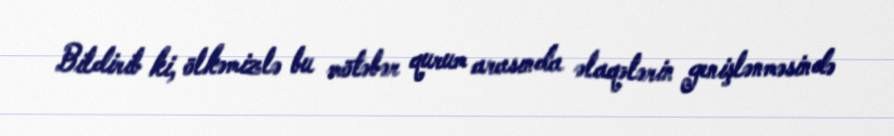
Bildirib ki, ölkəmizlə bu mötəbər qurum arasında əlaqələrin genişlənməsində